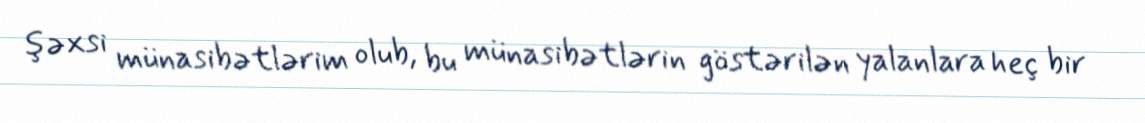
şəxsi münasibətlərim olub, bu münasibətlərin göstərilən yalanlara heç bir